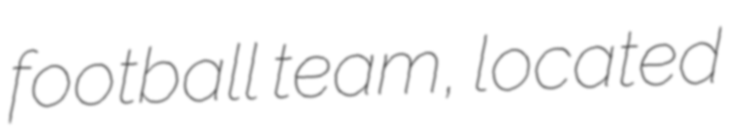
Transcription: football team, located